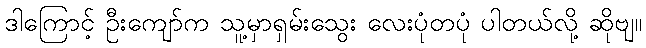
ဒါကြောင့် ဦးကျော်က သူ့မှာရှမ်းသွေး လေးပုံတပုံ ပါတယ်လို့ ဆိုဗျ။